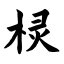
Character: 棂